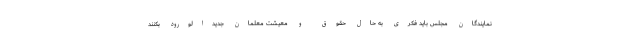
نمایندگان مجلس باید فکری به حال حقوق و معیشت معلمان جدید‌الورود بکنند